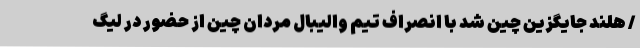
/ هلند جایگزین چین شد با انصراف تیم والیبال مردان چین از حضور در لیگ